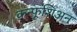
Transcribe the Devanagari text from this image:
कन्फूशिअन